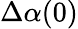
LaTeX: \Delta\alpha(0)